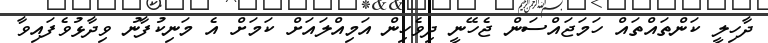
ދާހިލީ ކަންތައްތައް ހަމަޖައްސަން ޖެހޭނީ ދިވެހިން އަމިއްލައަށް ކަމަށް އެ މަނިކުފާނު ވިދާޅުވެފައިވާ